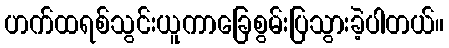
ဟက်ထရစ်သွင်းယူကာခြေစွမ်းပြသွားခဲ့ပါတယ်။